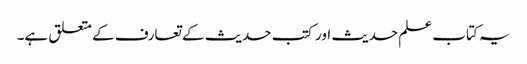
یہ کتاب علم حدیث اور کتب حدیث کے تعارف کے متعلق ہے۔